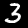
Digit: 3